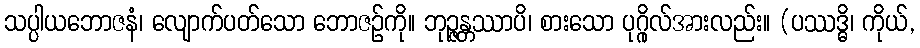
သပ္ပါယဘောဇနံ၊ လျောက်ပတ်သော ဘောဇဉ်ကို။ ဘုဉ္ဇန္တဿာပိ၊ စားသော ပုဂ္ဂိုလ်အားလည်း။ (ပဿဒ္ဓိ၊ ကိုယ်,